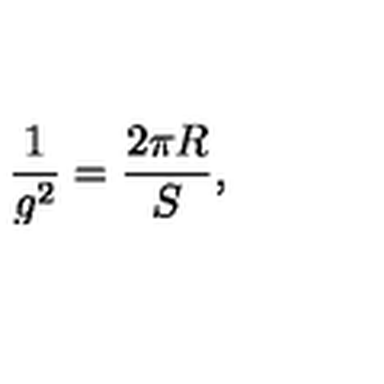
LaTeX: \frac { 1 } { g ^ { 2 } } = \frac { 2 \pi R } { S } ,